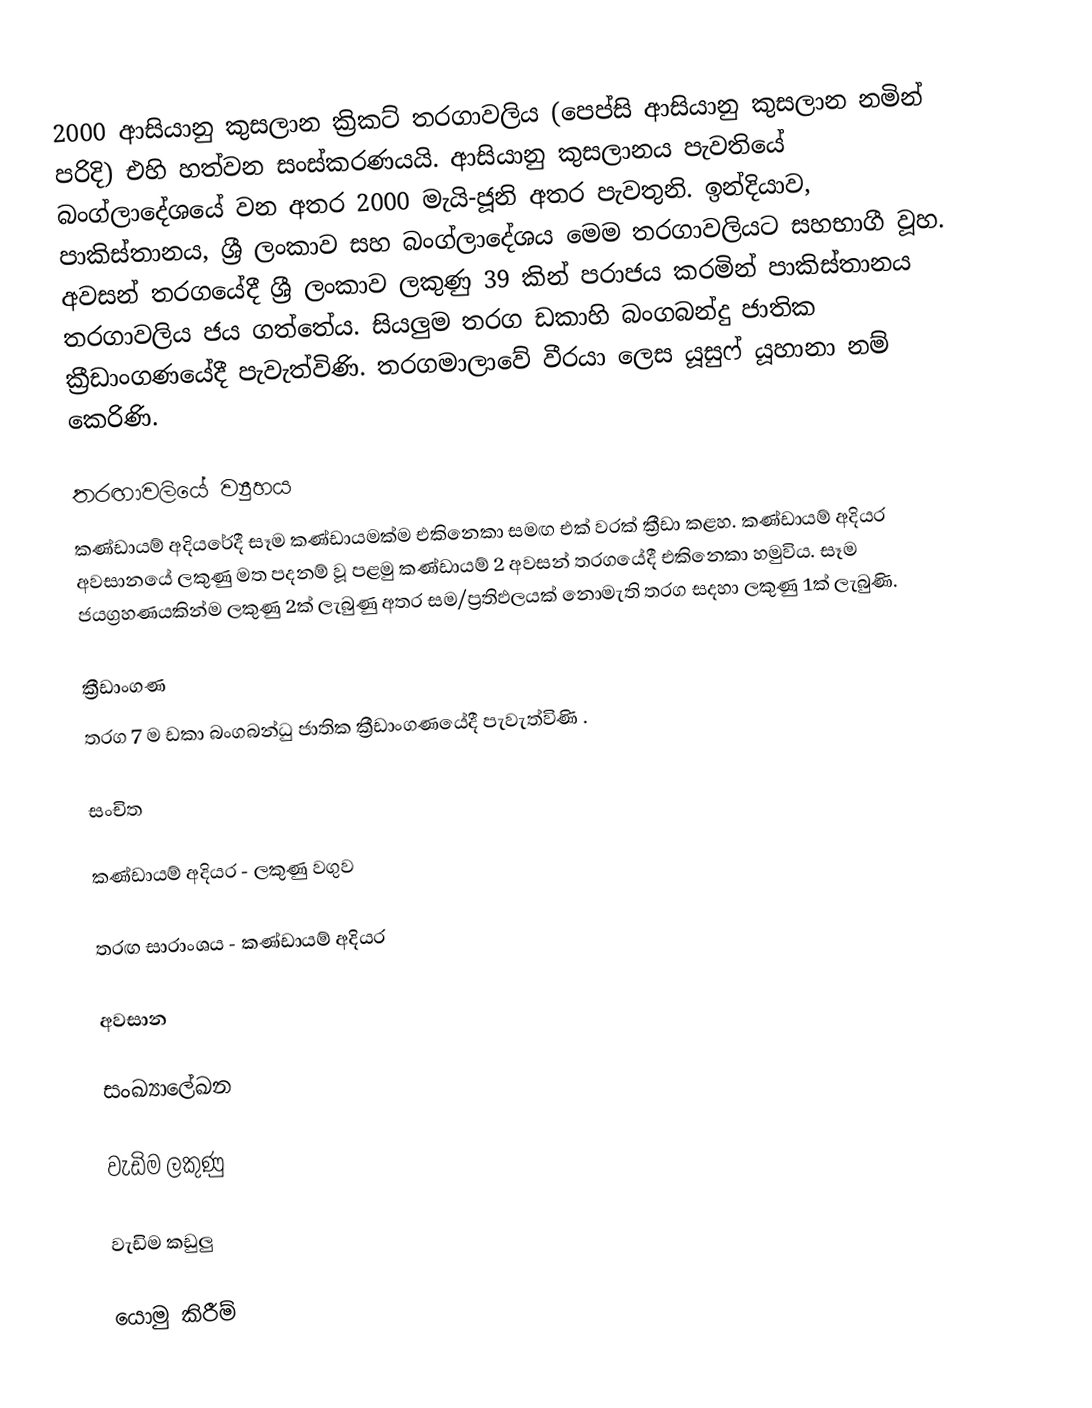
2000 ආසියානු කුසලාන ක්‍රිකට් තරගාවලිය (පෙප්සි ආසියානු කුසලාන නමින් පරිදි) එහි හත්වන සංස්කරණයයි. ආසියානු කුසලානය පැවතියේ බංග්ලාදේශයේ වන අතර 2000 මැයි-ජූනි අතර පැවතුනි. ඉන්දියාව, පාකිස්තානය, ශ්‍රී ලංකාව සහ බංග්ලාදේශය මෙම තරගාවලියට සහභාගී වූහ. අවසන් තරගයේදී ශ්‍රී ලංකාව ලකුණු 39 කින් පරාජය කරමින් පාකිස්තානය තරගාවලිය ජය ගත්තේය. සියලුම තරග ඩකාහි බංගබන්දු ජාතික ක්‍රීඩාංගණයේදී පැවැත්විණි. තරගමාලාවේ වීරයා ලෙස යූසුෆ් යූහානා නම් කෙරිණි.

තරඟාවලියේ ව්‍යුහය
කණ්ඩායම් අදියරේදී සෑම කණ්ඩායමක්ම එකිනෙකා සමඟ එක් වරක් ක්‍රීඩා කළහ. කණ්ඩායම් අදියර අවසානයේ ලකුණු මත පදනම් වූ පළමු කණ්ඩායම් 2 අවසන් තරගයේදී එකිනෙකා හමුවිය. සෑම ජයග්‍රහණයකින්ම ලකුණු 2ක් ලැබුණු අතර සම/ප්‍රතිඵලයක් නොමැති තරග සදහා ලකුණු 1ක් ලැබුණි.

ක්‍රීඩාංගණ
තරග 7 ම ඩකා බංගබන්ධු ජාතික ක්‍රීඩාංගණයේදී පැවැත්විණි .

සංචිත

කණ්ඩායම් අදියර - ලකුණු වගුව

තරඟ සාරාංශය - කණ්ඩායම් අදියර

අවසාන

සංඛ්‍යාලේඛන

වැඩිම ලකුණු

වැඩිම කඩුලු

යොමු කිරීම්